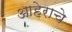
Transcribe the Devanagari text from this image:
आहेराचे